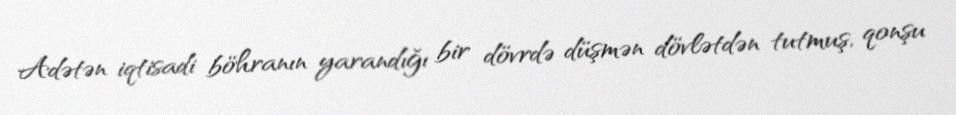
Adətən iqtisadi böhranın yarandığı bir dövrdə düşmən dövlətdən tutmuş, qonşu